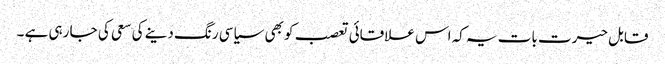
قابل حیرت بات یہ کہ اس علاقائی تعصب کو بھی سیاسی رنگ دینے کی سعی کی جا رہی ہے ۔